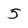
Character: 5